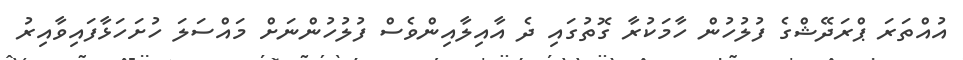
އުއްތަރަ ޕްރަދޭޝްގެ ފުލުހުން ހާމަކުރާ ގޮތުގައި ދެ އާއިލާއިންވެސް ފުލުހުންނަށް މައްސަލަ ހުށަހަޅާފައިވާއިރު